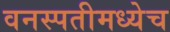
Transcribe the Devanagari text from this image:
वनस्पतीमध्येच